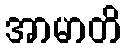
အာမာတိ